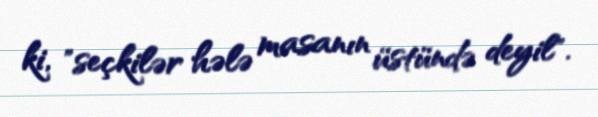
ki, "seçkilər hələ masanın üstündə deyil".